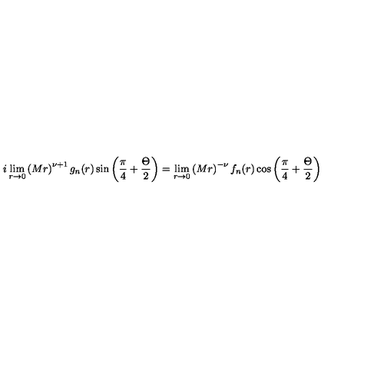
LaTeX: i \lim _ { r \rightarrow 0 } \left( M r \right) ^ { \nu + 1 } g _ { n } ( r ) \sin \left( \frac { \pi } { 4 } + \frac { \Theta } { 2 } \right) = \lim _ { r \rightarrow 0 } \left( M r \right) ^ { - \nu } f _ { n } ( r ) \cos \left( \frac { \pi } { 4 } + \frac { \Theta } { 2 } \right)